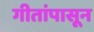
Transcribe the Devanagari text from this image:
गीतांपासून